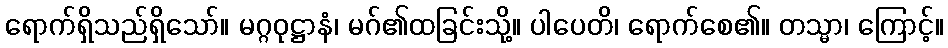
ရောက်ရှိသည်ရှိသော်။ မဂ္ဂဝုဋ္ဌာနံ၊ မဂ်၏ထခြင်းသို့။ ပါပေတိ၊ ရောက်စေ၏။ တသ္မာ၊ ကြောင့်။